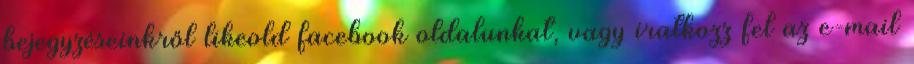
bejegyzéseinkről likeold facebook oldalunkat, vagy iratkozz fel az e-mail